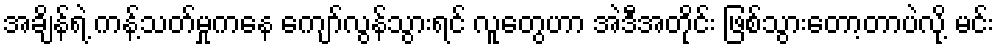
အချိန်ရဲ့ ကန့်သတ်မှုကနေ ကျော်လွန်သွားရင် လူတွေဟာ အဲဒီအတိုင်း ဖြစ်သွားတော့တာပဲလို့ မင်း